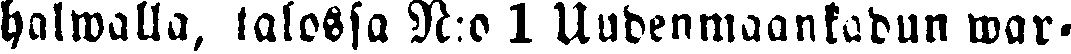
halwalla, talossa N:o 1 Uudenmaankadun war-